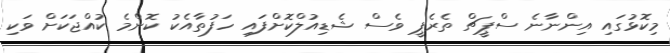
މިކޮޅުގައި އިންނާނެ ސްޕީޗް ތެރެޕީ ވެސް ޝެޑިއުލްކޮށްފައި ހަފުތާއެކު ކޮންމެ ކުއްޖަކަށް ވަކި